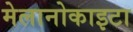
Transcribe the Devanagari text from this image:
मेलानोकाइटा